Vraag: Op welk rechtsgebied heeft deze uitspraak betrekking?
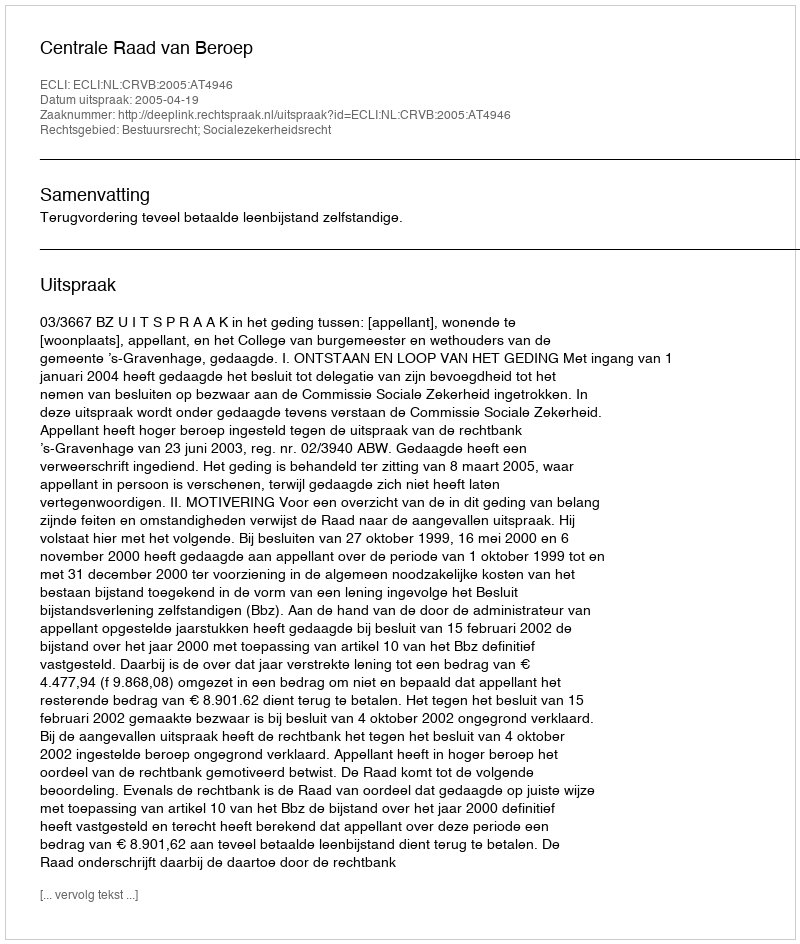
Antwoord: Bestuursrecht; Socialezekerheidsrecht